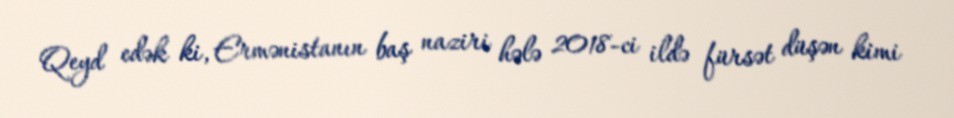
Qeyd edək ki, Ermənistanın baş naziri hələ 2018-ci ildə fürsət düşən kimi